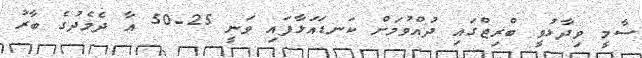
ސާމީ ވިދާޅުވީ ބްރިޖްގައި ދުއްވުމަށް ކަނޑައަޅާފައި ވަނީ 25-50 އާ ދެމެދުގެ ބާރު